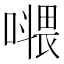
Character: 𡀧